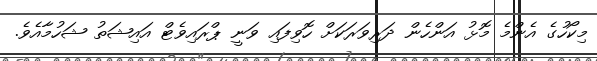
މިކޯހުގެ އެންމެ މޮޅު އަންހެން ދަރިވަރަކަށް ހޮވިފައި ވަނީ ޕްރައިވެޓް އައިޝަތު ޝަހުމާއެވެ.